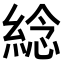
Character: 𦁤